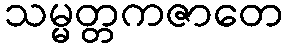
သမ္မတ္တကဇာတေ